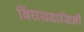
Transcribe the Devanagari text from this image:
विंघयवासिनी